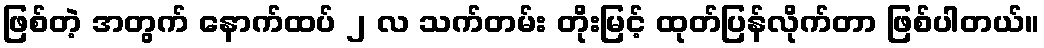
ဖြစ်တဲ့ အတွက် နောက်ထပ် ၂ လ သက်တမ်း တိုးမြင့် ထုတ်ပြန်လိုက်တာ ဖြစ်ပါတယ်။